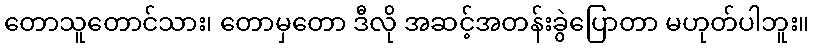
တောသူတောင်သား၊ တောမှတော ဒီလို အဆင့်အတန်းခွဲပြောတာ မဟုတ်ပါဘူး။